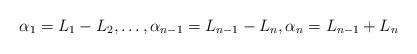
LaTeX: \begin{align*}\alpha_1=L_1-L_2,\dots,\alpha_{n-1}=L_{n-1}-L_n,\alpha_n=L_{n-1}+L_n\end{align*}